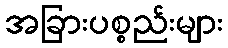
အခြားပစ္စည်းများ